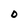
Character: O